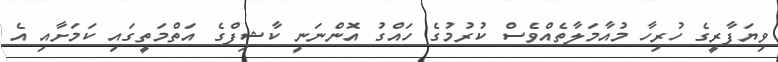
ވިޔަފާރީގެ ހުރިހާ މުއާމަލާތެއްވެސް ކުރުމުގެ ހައްގު އޮންނަނީ ކާޝިފްގެ އަތްމަތީގައި ކަމަށާއި އެ